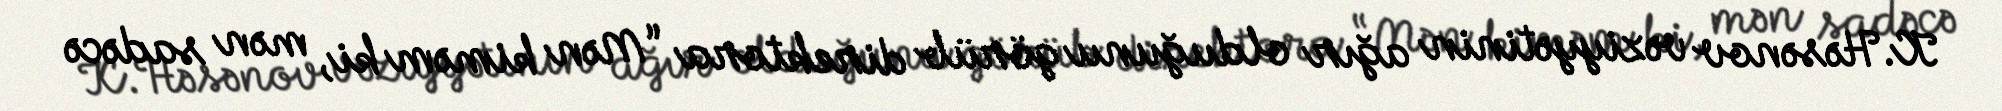
K.Həsənov vəziyyətinin ağır olduğunu görüb direktora “Mən kiməm ki, mən sadəcə